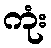
ကုံး